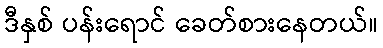
ဒီနှစ် ပန်းရောင် ခေတ်စားနေတယ်။